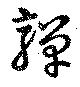
嚲